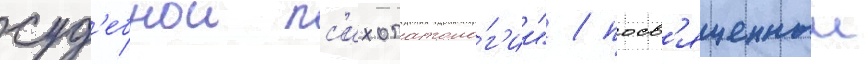
суд'ебнои пс'ихопатоло́г'ии" / посв'ященныи